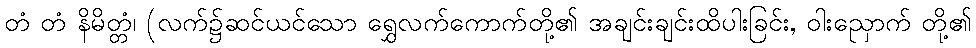
တံ တံ နိမိတ္တံ၊ (လက်၌ဆင်ယင်သော ရွှေလက်ကောက်တို့၏ အချင်းချင်းထိပါးခြင်း, ဝါးညှောက် တို့၏